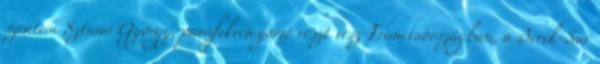
szentesi Sztanó György, parafekven.yomó részt vesz Franciaországban, a Berck-Sur